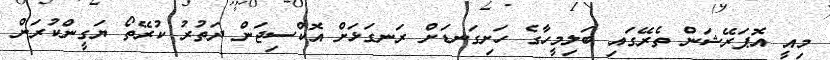
މިއީ އޮޕަރޭޝަން ތެރޭގައި ބަލިމީހާގެ ހަށިގަނޑަށް ރަނގަޅަށް އޮކްސިޖަން ދަތުރު ކުރޭތޯ ޔަގީންކުރަން